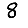
Digit: 8